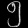
Digit: ၅